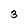
Character: 3